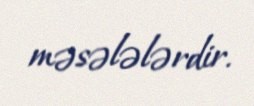
məsələlərdir.